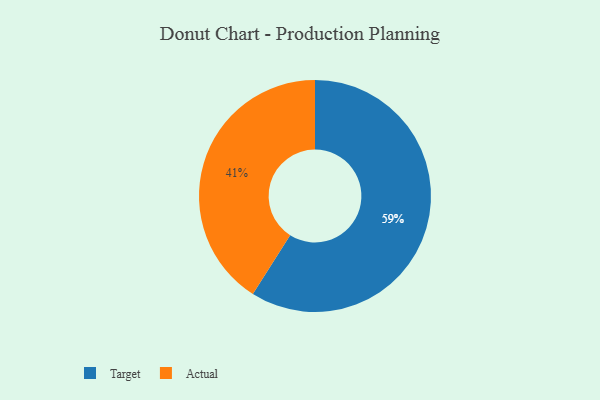
{"axis": {"x": "Category", "y": "Percentage"}, "legend": ["Actual", "Target"], "data": [{"x": "Target", "y": 59, "type": "Target"}, {"x": "Actual", "y": 41, "type": "Actual"}]}